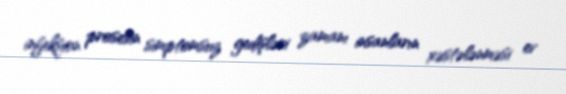
infeksion prosesin simptomsuz gedişləri zamanı insanların xəstələnməsi ev